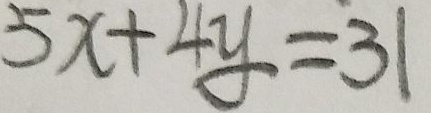
5 x + 4 y = 3 1